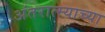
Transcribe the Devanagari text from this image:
अंतरात्म्याच्या